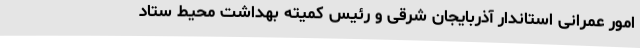
امور عمرانی استاندار آذربایجان شرقی و رئیس کمیته بهداشت محیط ستاد